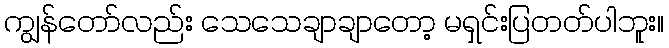
ကျွန်တော်လည်း သေသေချာချာတော့ မရှင်းပြတတ်ပါဘူး။